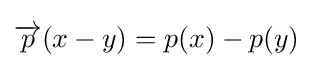
{\overrightarrow {p}}(x-y)=p(x)-p(y)